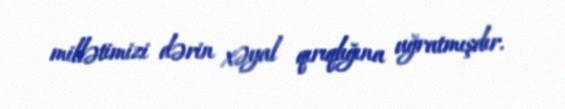
millətimizi dərin xəyal qırıqlığına uğratmışdır.